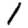
Digit: 1